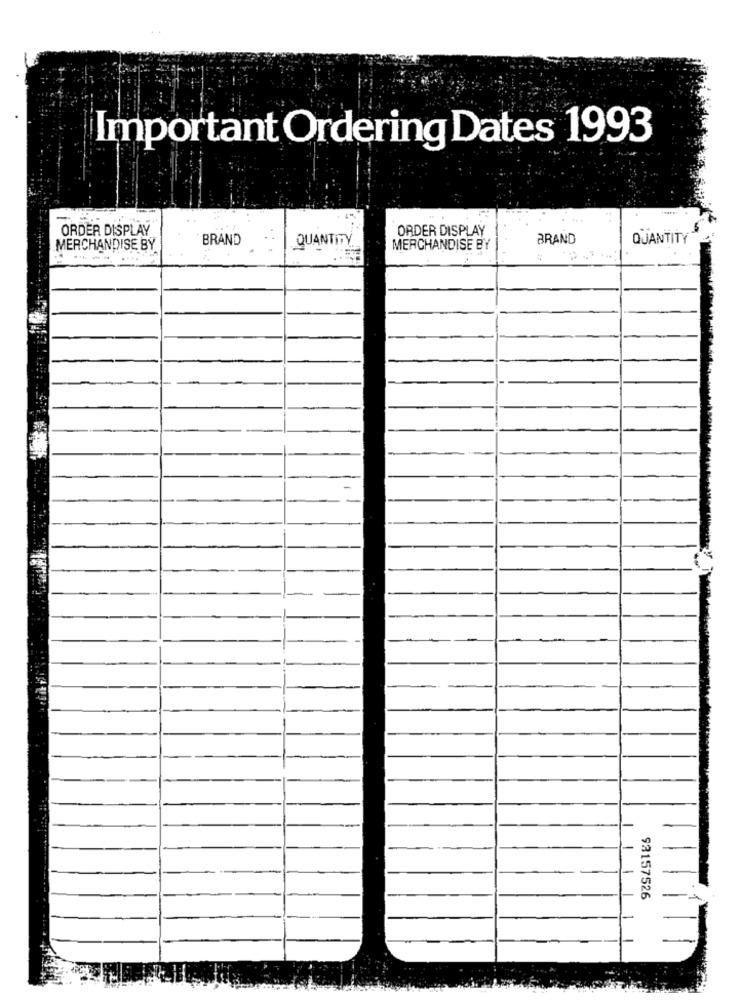
Important Ordering Dates 1993
ORDER DISPLAY
ORDER DISPLAY
BRAND
QUANTITY
BRAND
QUANTITY
MERCHANDISE BY
MERCHANDISE BY
93157526